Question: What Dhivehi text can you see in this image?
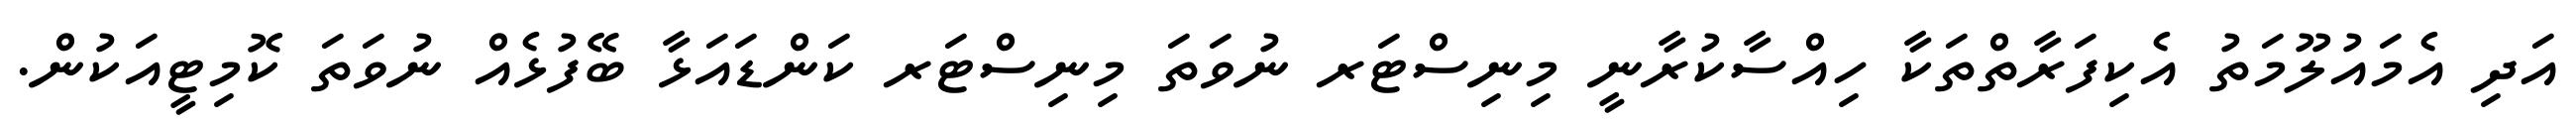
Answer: އަދި އެމައުލޫމަތު އެކިފަރާތްތަކާ ހިއްސާކުރާނީ މިނިސްޓަރ ނުވަތަ މިނިސްޓަރ ކަންޑައަޅާ ބޭފުޅެއް ނުވަތަ ކޮމިޓީއަކުން.